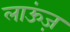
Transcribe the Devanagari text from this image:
लाऊंज़